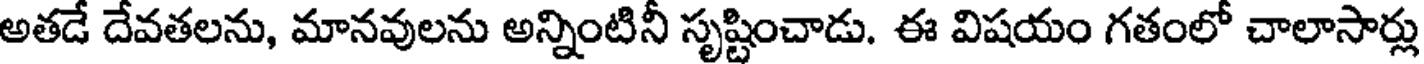
అతడే దేవతలను, మానవులను అన్నింటినీ సృష్టించాడు. ఈ విషయం గతంలో చాలాసార్లు